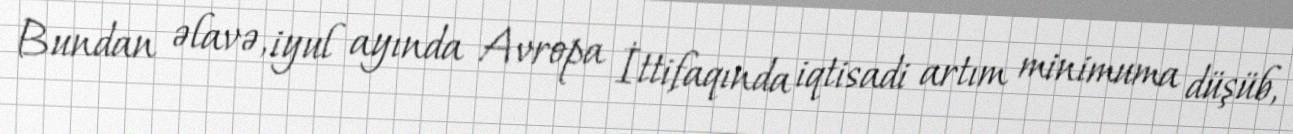
Bundan əlavə, iyul ayında Avropa İttifaqında iqtisadi artım minimuma düşüb,